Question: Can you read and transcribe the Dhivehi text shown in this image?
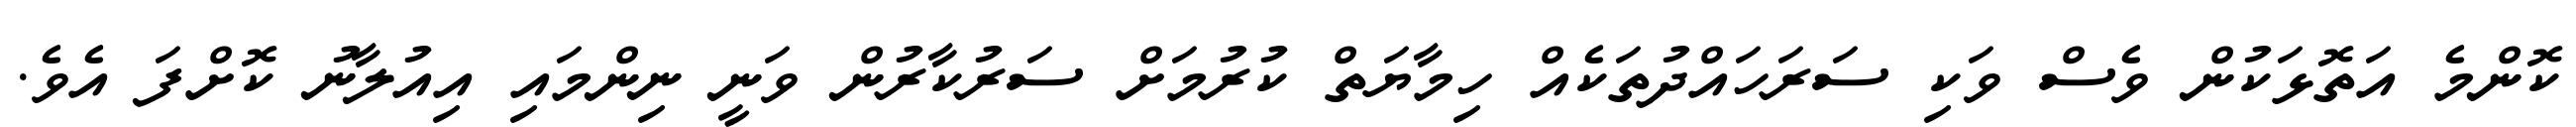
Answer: ކޮންމެ އަތޮޅަކުން ވެސް ވަކި ސަރަހައްދުތަކެއް ހިމާޔަތް ކުރުމަށް ސަރުކާރުން ވަނީ ނިންމައި އިއުލާނު ކޮށްފަ އެވެ.